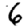
Digit: 6